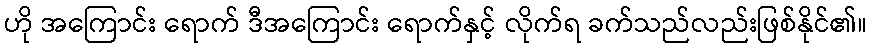
ဟို အကြောင်း ရောက် ဒီအကြောင်း ရောက်နှင့် လိုက်ရ ခက်သည်လည်းဖြစ်နိုင်၏။